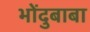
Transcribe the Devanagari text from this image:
भोंदुबाबा